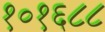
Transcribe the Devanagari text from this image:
१०१६८८